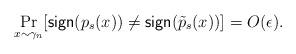
LaTeX: \begin{align*}~ \Pr_{x \sim \gamma_n} [\mathsf{sign}(p_s(x)) \not = \mathsf{sign}(\tilde{p}_s(x))] =O(\epsilon).\end{align*}